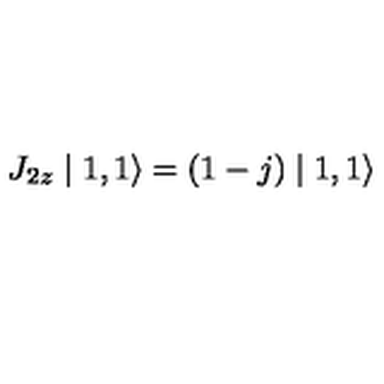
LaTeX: J _ { 2 z } \mid 1 , 1 \rangle = ( 1 - j ) \mid 1 , 1 \rangle